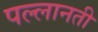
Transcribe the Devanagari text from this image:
पल्लानती